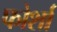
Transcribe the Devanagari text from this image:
फोर्शा